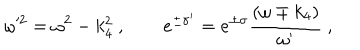
LaTeX: \omega ^ { 2 } = \omega ^ { 2 } - k _ { 4 } ^ { 2 } \ , \qquad e ^ { \pm \sigma ^ { \prime } } = e ^ { \pm \sigma } { \frac { ( \omega \mp k _ { 4 } ) } { \omega ^ { \prime } } } \ ,